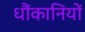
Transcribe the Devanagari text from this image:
धौंकानियों